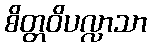
စိတ္တဝိပလ္လာသာ